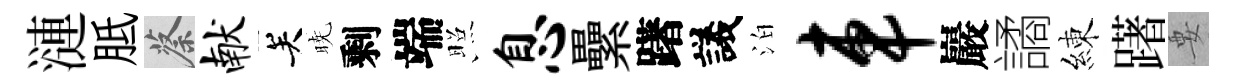
漣胝蔡献关暁剩端照息纍躇議泊车巖譎練躇要